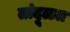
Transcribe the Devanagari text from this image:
तांदूळत